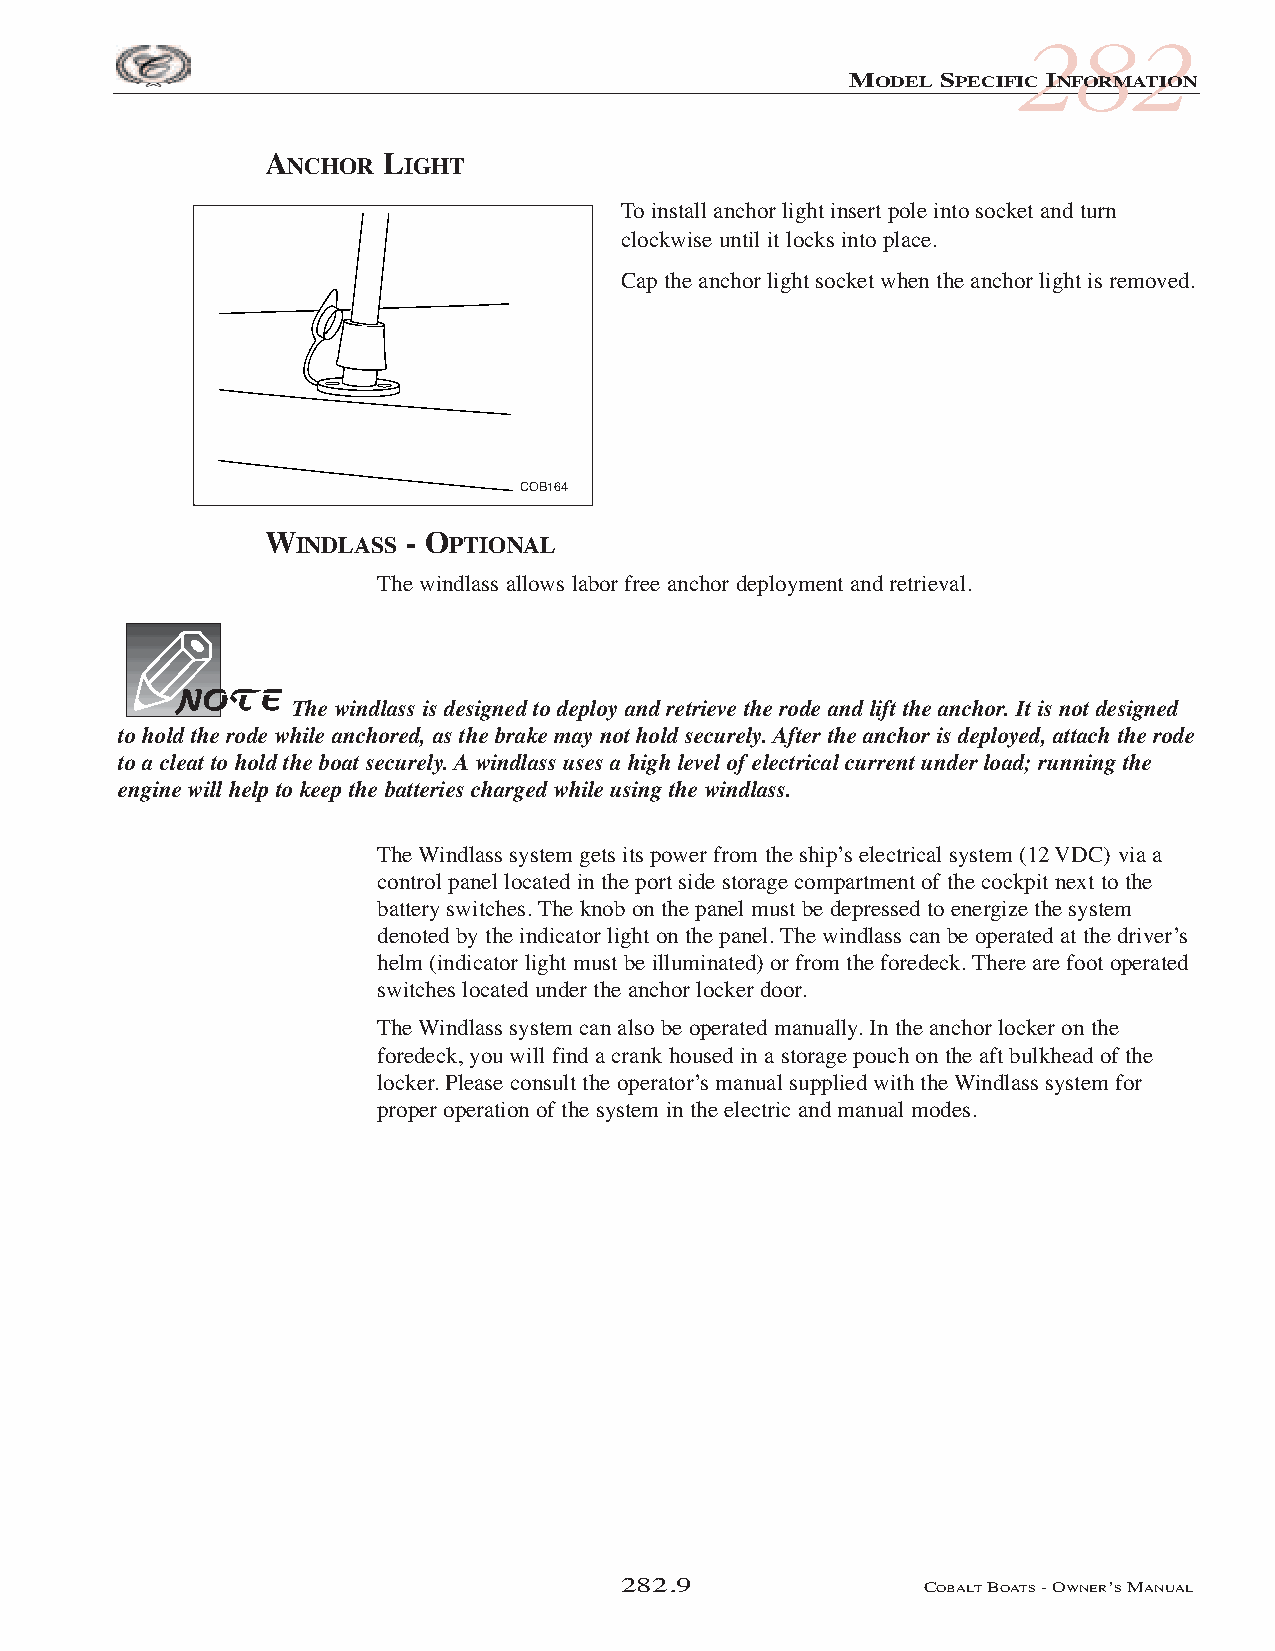
COB_05 Sect 280.qxd 3/18/05 9:30 AM Page 282.9
 282
 MODEL SPECIFIC INFORMATION
 ANCHOR  LIGHT
 To install anchor light insert pole into socket and turn
 clockwise until it locks into place.
 Cap the anchor light socket when the anchor light is removed.
 COB164
 WINDLASS - OPTIONAL
 The windlass allows labor free anchor deployment and retrieval.
 The windlass is designed to deploy and retrieve the rode and lift the anchor. It is not designed
 to hold the rode while anchored, as the brake may not hold securely. After the anchor is deployed, attach the rode
 to a cleat to hold the boat securely. A windlass uses a high level of electrical current under load; running the
 engine will help to keep the batteries charged while using the windlass.
 The Windlass system gets its power from the ship’s electrical system (12 VDC) via a
 control panel located in the port side storage compartment of the cockpit next to the
 battery switches. The knob on the panel must be depressed to energize the system
 denoted by the indicator light on the panel. The windlass can be operated at the driver’s
 helm (indicator light must be illuminated) or from the foredeck. There are foot operated
 switches located under the anchor locker door.
 The Windlass system can also be operated manually. In the anchor locker on the
 foredeck, you will find a crank housed in a storage pouch on the aft bulkhead of the
 locker. Please consult the operator’s manual supplied with the Windlass system for
 proper operation of the system in the electric and manual modes.
 282.9               COBALTBOATS- OWNER’SMANUAL